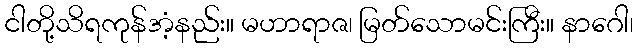
ငါတို့သိရကုန်အံ့နည်း။ မဟာရာဇ၊ မြတ်သောမင်းကြီး။ နာဂေါ၊